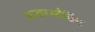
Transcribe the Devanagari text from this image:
अन्डरस्टँडिंग